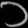
Digit: ၁